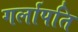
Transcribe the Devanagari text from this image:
गर्लापति